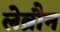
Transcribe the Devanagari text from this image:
लेब्रौन